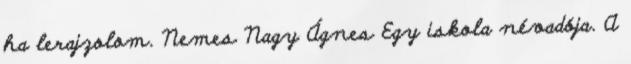
ha lerajzolom. Nemes Nagy Ágnes Egy iskola névadója. A